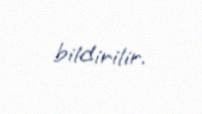
bildirilir.